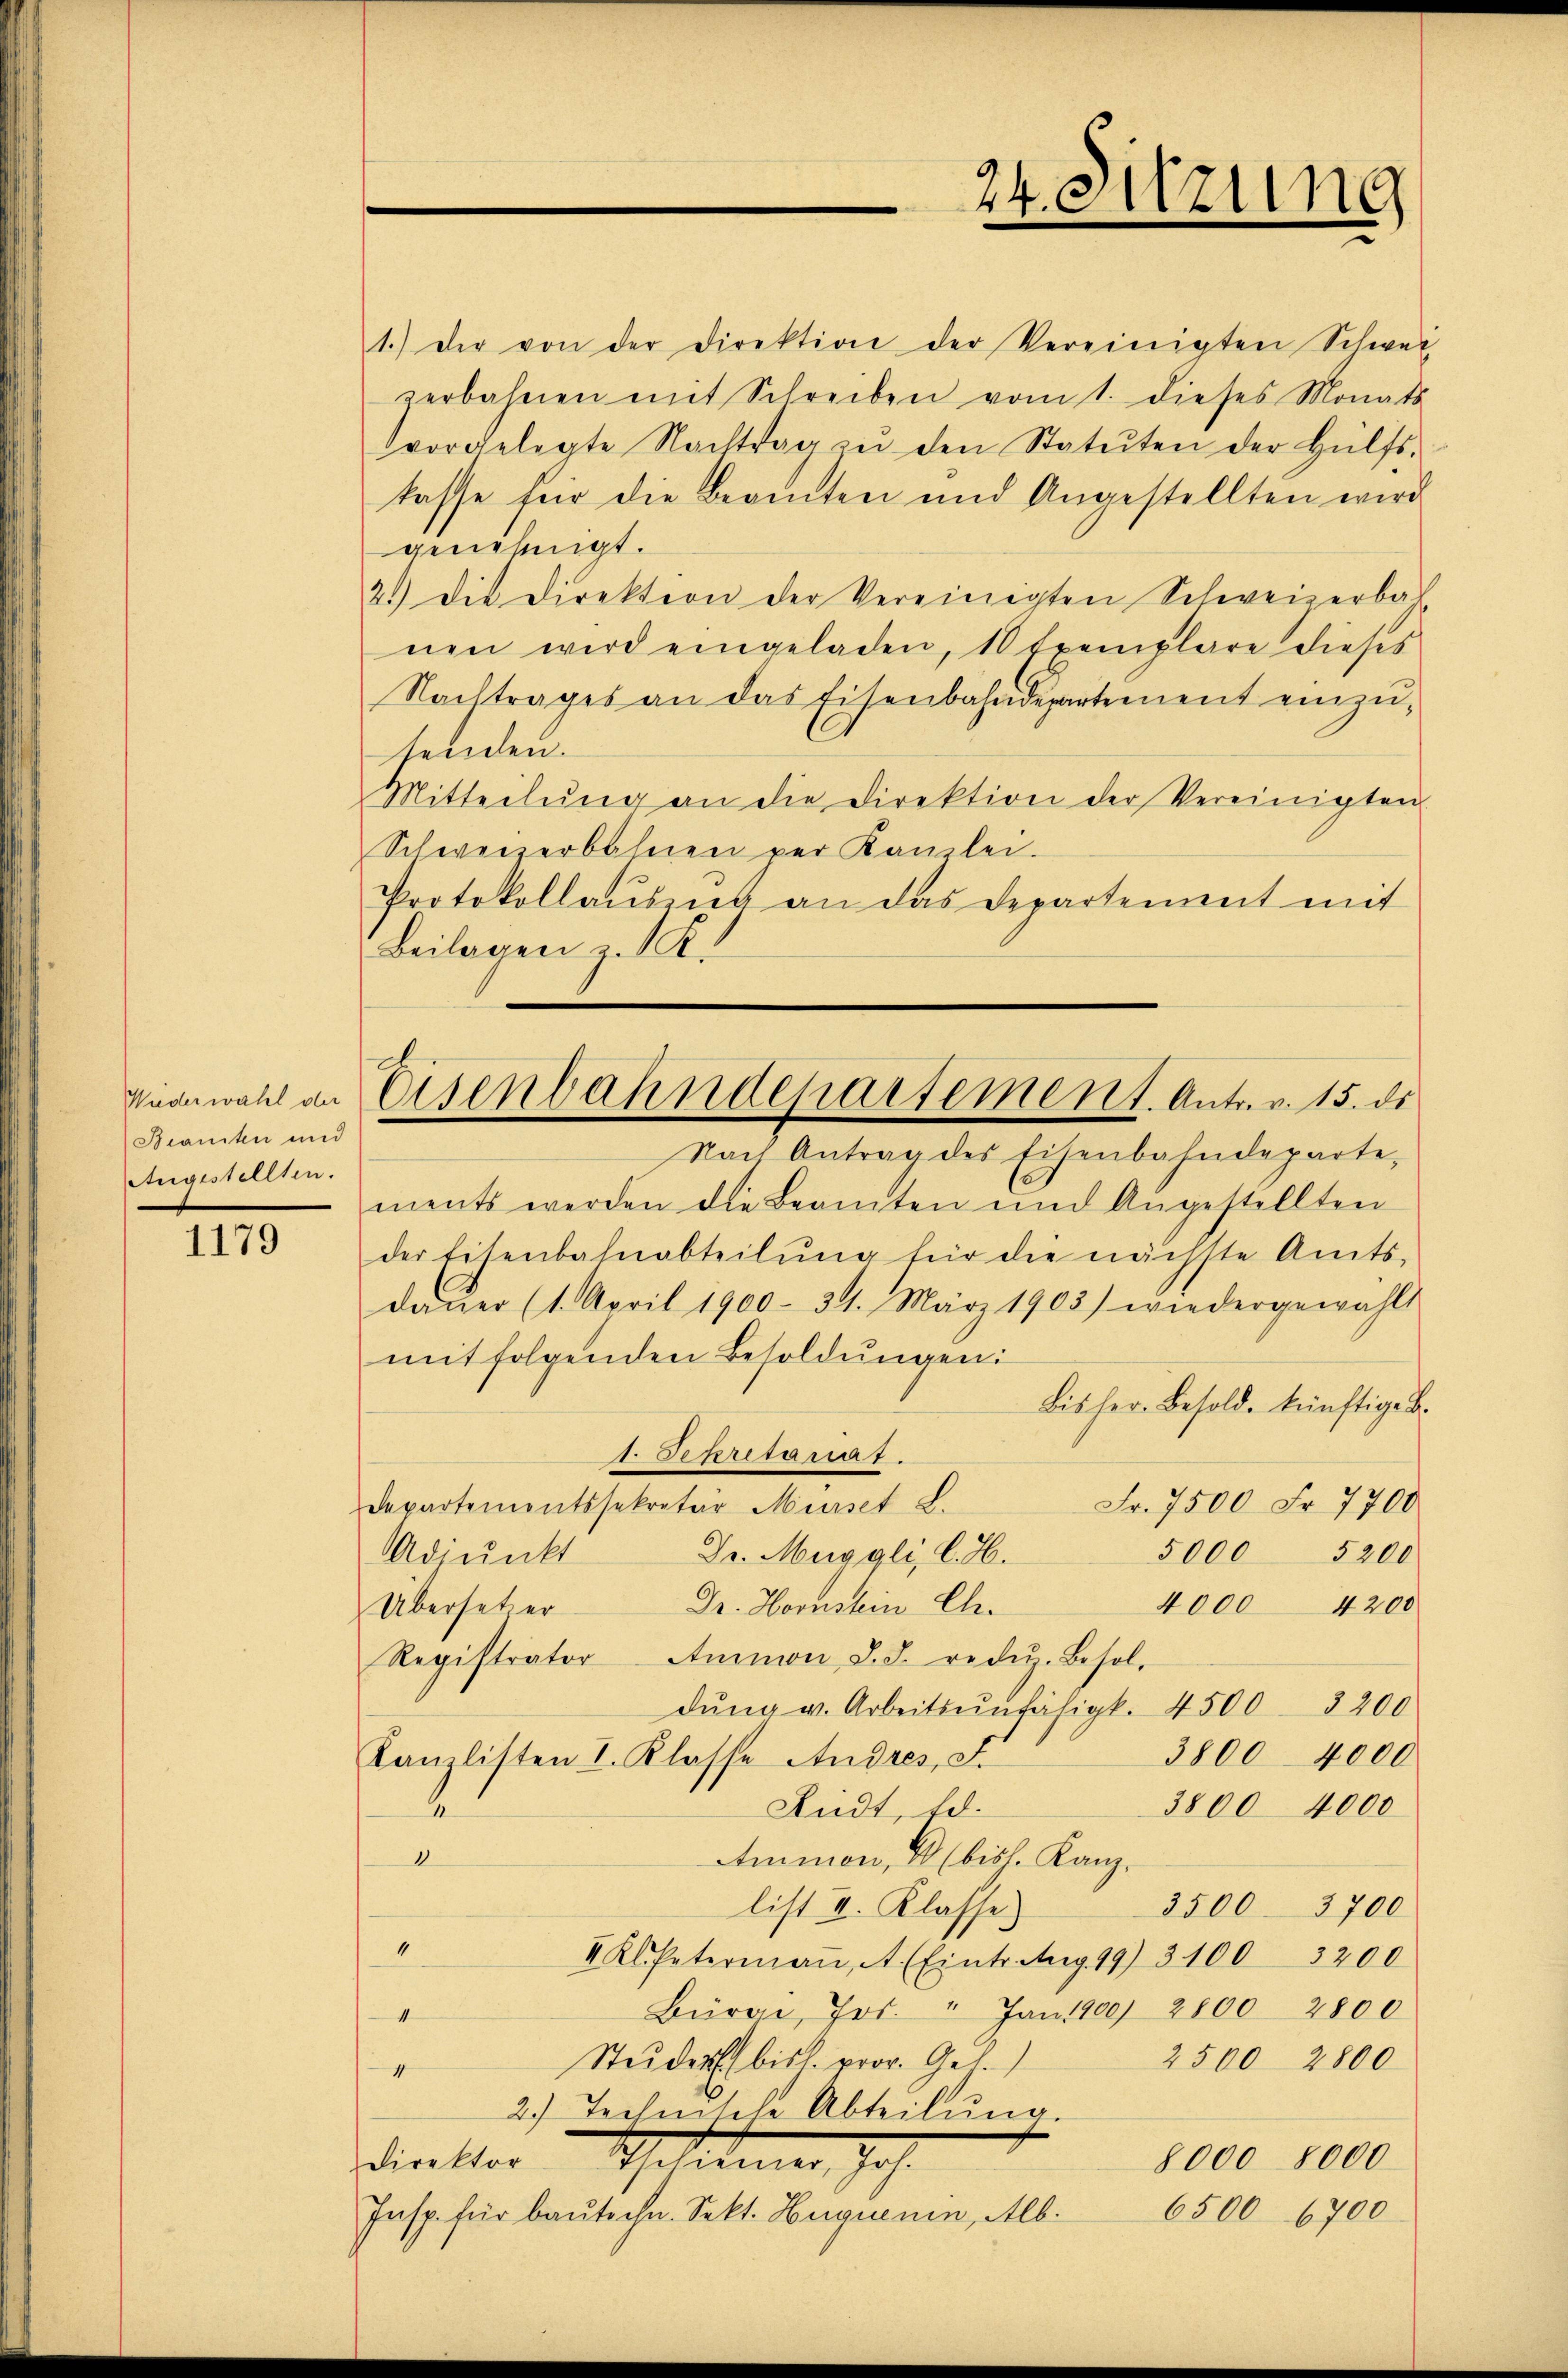
Wiederwahl der
Bianten und
Angestellten.

1179

1.) Der von der Direktion der Vereinigten Schwei
zerbahnen mit Schreiben vom 1. dieses Monats
vorgelegte Nachtrag in den Statuten der Hülfs-
kasse für die Beamten und Angestellten wird
genehmigt.
2.) Die Direktion der Vereinigten Schweizerbah
nen wird eingeladen, 10 Exemplare dieses
Nachtrages an das Eisenbahndepartement einzusenden.
Mitteilŭng an die Direktion der Vereinigten
Schwererbahnen ver Kanzlei.
Protokollausung an das Departement mit
Beilagen zu K.
Nach Antrag des Eisenbahndeparte-
ments werden die Beamten und Angestellten
der Eisenbahnabteilŭng für die nächste Amts-
daṅer (1. April 1900. 321. März 1903) wiedergewählt
mitfolgenden Besoldungen:
bis her. Besold. künftige B.
1. Depretariat.
Fr. 7500 Fr. 7700
Departementssekretär Musset L.
5000
5200
Dr. Muggli, l. M.
Adpunkt
Dr. Hornstein Ch.
4000 4200
Übersetzer
Registrator Ammon J. J. redŭz. Besoldŭng u. Arbeitsunfähigk. 4500. 3200
3800
4000
Kanzlisten I. Klasse Andres, S.
Andt, Ed.
3800 4000
1
Ammon, 28 bish. Kanzd
list II. Klasse.
3500 3700
1
Kl Petermaṅ, A. (Eintr. Aug. 19) 3100 3200
Bürge, Jos. Jan. 1900/ 2800 2800
1
Studers bist. prov. Ges.
2500 2800
4
2.) Technische Abteilŭng.
8000 8000
direktor Politier Joh.
6500 6700
Insp. für baŭtechn. Sekt. Huguenin, Alb.

24. Sitzung

Eisenbahndepartement. Antr. v. 15. de